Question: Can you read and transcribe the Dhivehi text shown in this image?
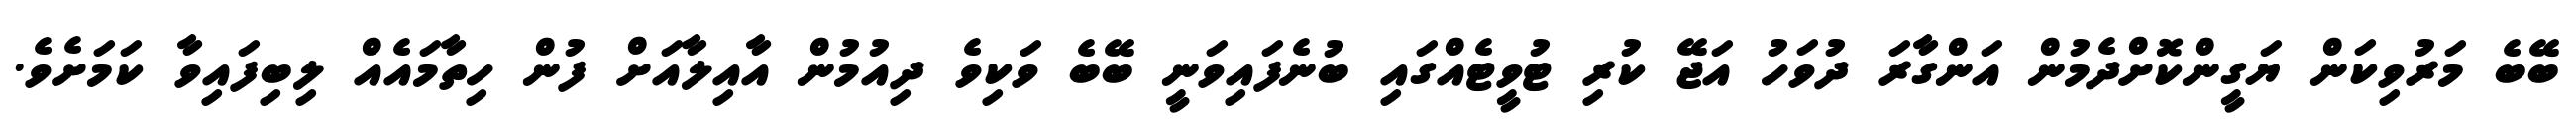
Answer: ބޭބެ މަރުވިކަން ޔަގީންކޮށްދެމުން އަންގާރަ ދުވަހު އަޖޭ ކުރި ޓުވީޓެއްގައި ބުނެފައިވަނީ ބޭބެ ވަކިވެ ދިއުމުން އާއިލާއަށް ފުން ހިތާމައެއް ލިބިފައިވާ ކަމަށެވެ.